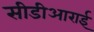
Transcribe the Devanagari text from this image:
सीडीआराई